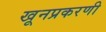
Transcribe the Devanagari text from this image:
खूनप्रकरणी